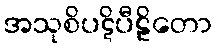
အသုစိပဋိပီဠိတော